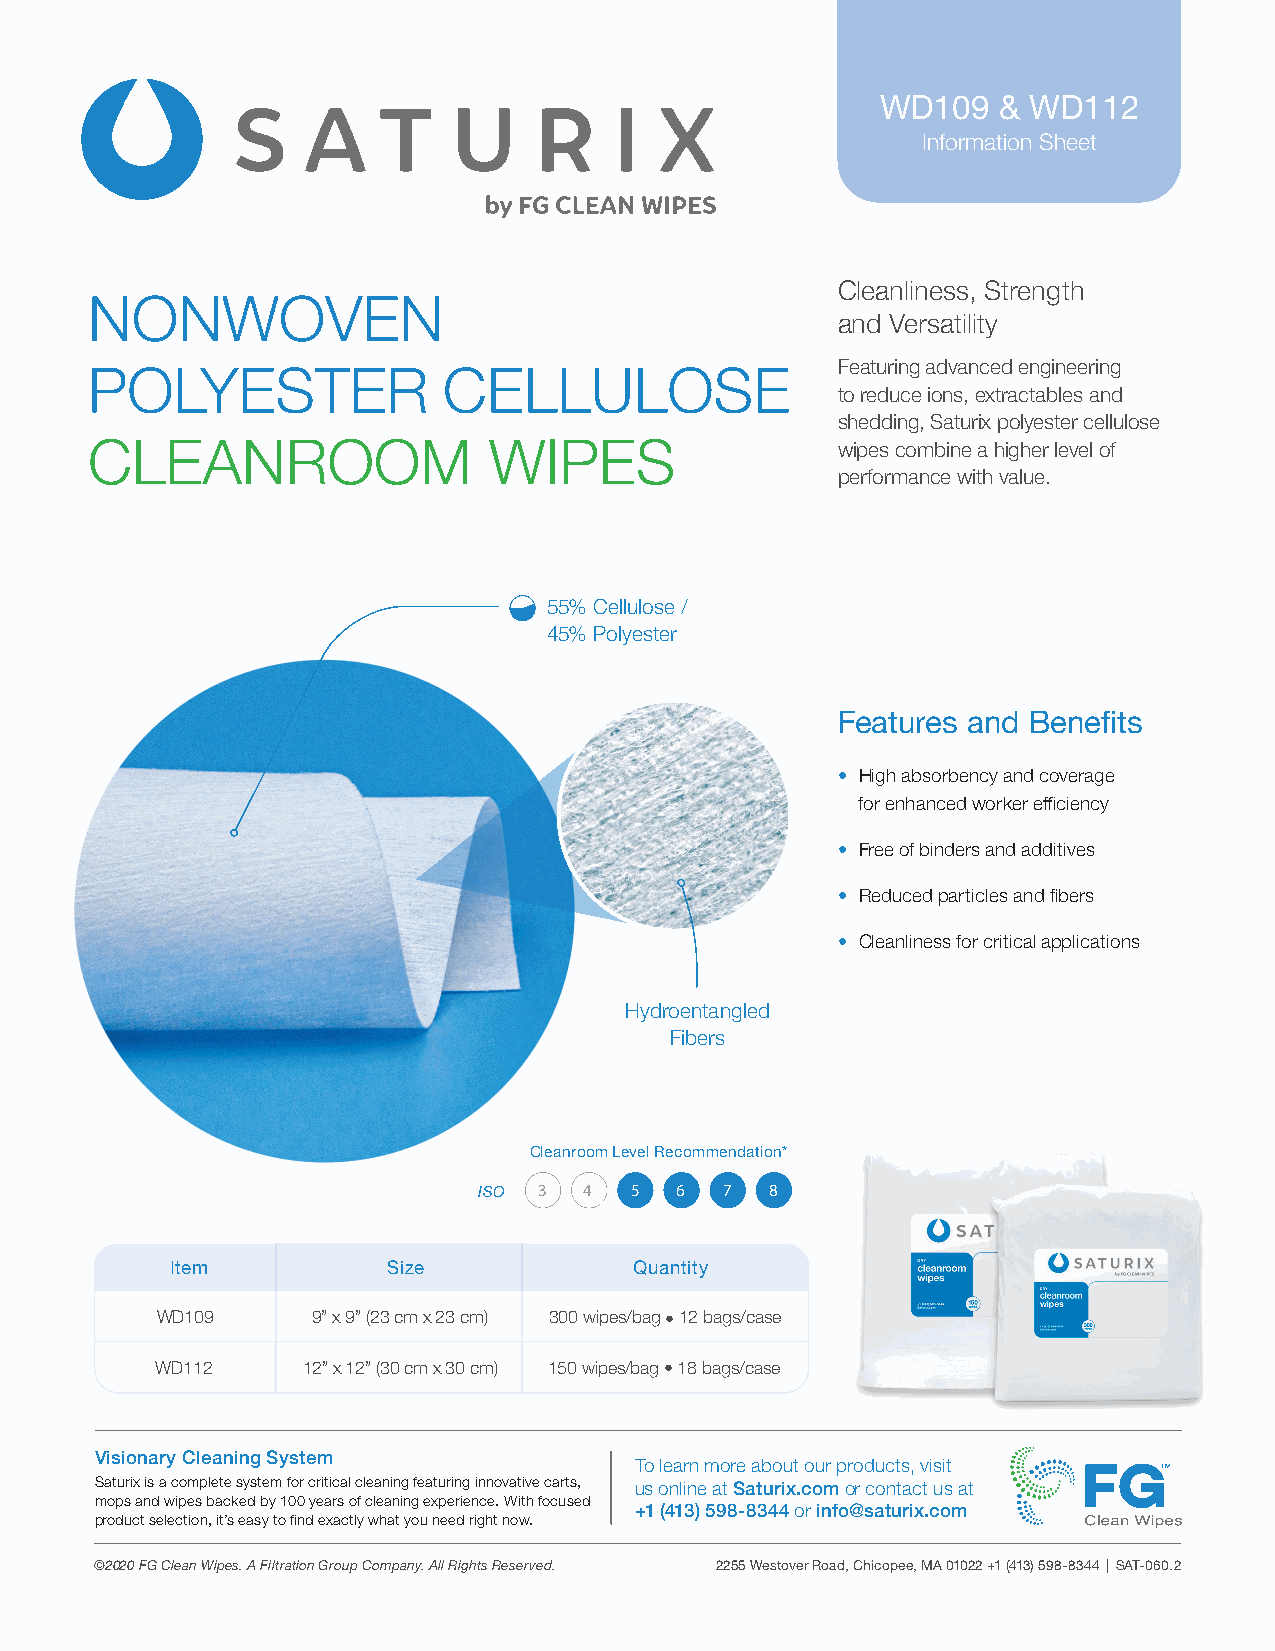
WD109   & WD112
 Information Sheet
 Cleanliness, Strength
 NONWOVEN
 and Versatility
 Featuring advanced engineering
 POLYESTER              CELLULOSE
 to reduce ions, extractables and
 shedding, Saturix polyester cellulose
 CLEANROOM                 WIPES                   wipes combine a higher level of
 performance with value.
 55% Cellulose /
 45% Polyester
 Features and Benefits
 • High absorbency and coverage
 for enhanced worker efficiency
 • Free of binders and additives
 • Reduced particles and fibers
 • Cleanliness for critical applications
 Hydroentangled
 Fibers
 Cleanroom Level Recommendation*
 3  4  5  6  7  8
 ISO
 Item           Size            Quantity
 WD109      9” x 9” (23 cm x 23 cm) 300 wipes/bag • 12 bags/case
 WD112     12” x 12” (30 cm x 30 cm) 150 wipes/bag • 18 bags/case
 Visionary Cleaning System
 To learn more about our products, visit
 Saturix is a complete system for critical cleaning featuring innovative carts, us online at Saturix.com or contact us at
 mops and wipes backed by 100 years of cleaning experience. With focused
 +1 (413) 598-8344 or info@saturix.com
 product selection, it’s easy to find exactly what you need right now.
 ©2020 FG Clean Wipes. A Filtration Group Company. All Rights Reserved. 2255 Westover Road, Chicopee, MA 01022 +1 (413) 598-8344 | SAT-060.2